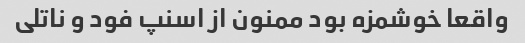
واقعا خوشمزه بود ممنون از اسنپ فود و ناتلی